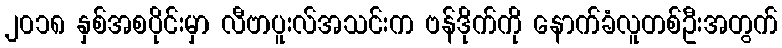
၂၀၁၈ နှစ်အစပိုင်းမှာ လီဗာပူးလ်အသင်းက ဗန်ဒိုက်ကို နောက်ခံလူတစ်ဦးအတွက်